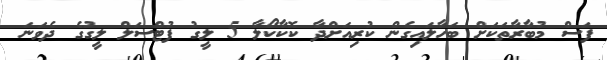
ފަސް މުބާރާތަކަށް ބަހާލައިގެން ކުރިއަށްދާ ކޮކާކޯލާ 5 ލީގު ފުޓްސަލް ލީގުގެ ދެވަނަ